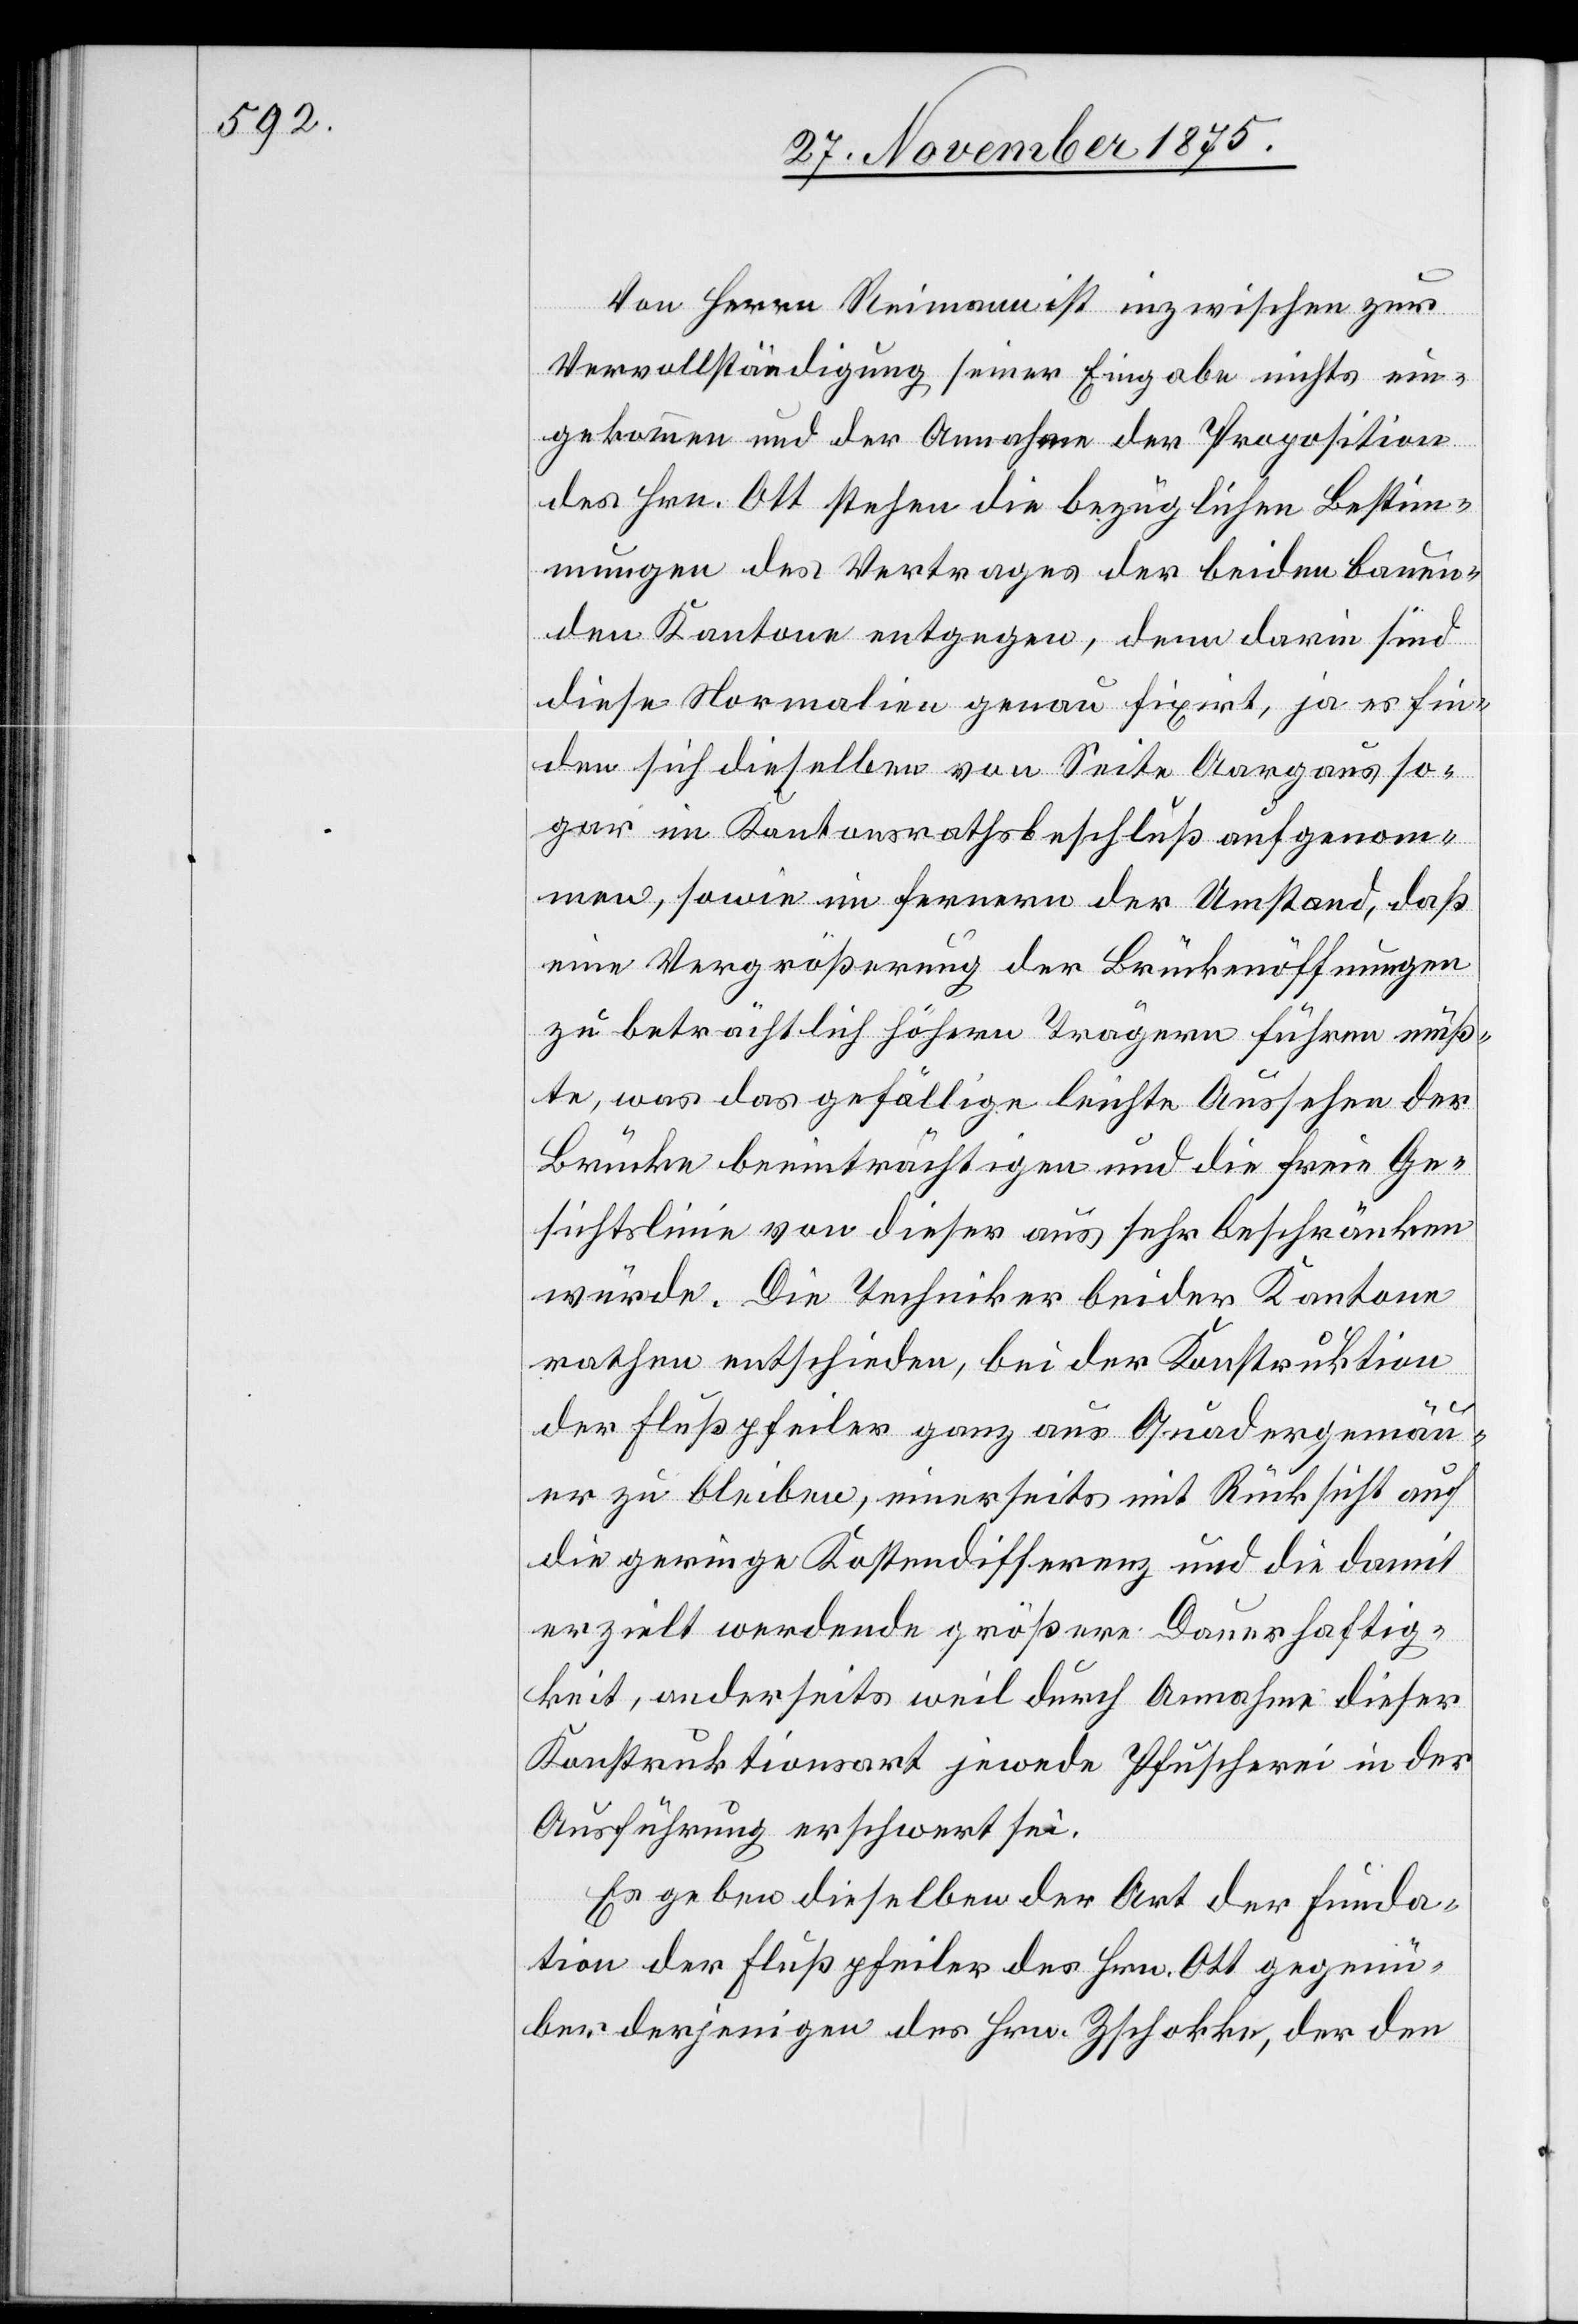
Von Herrn Reimann ist inzwischen zur
Vervollständigung seiner Eingabe nichts ein¬
gekommen und der Annahme der Proposition
des Hrn. Ott stehen die bezüglichen Bestim¬
mungen des Vertrages der beiden bauen¬
den Kantone entgegen, denn darin sind
diese Normalien genau fixirt, ja es fin¬
den sich dieselben von Seite Aargaus so¬
gar im Kantonsrathsbeschluß aufgenom¬
men, sowie im fernern der Umstand, daß
eine Vergrößerung der Brückenöffnungen
zu beträchtlich höhern Trägern führen müß¬
te, was das gefällige leichte Aussehen der
Brücke beeinträchtigen und die freie Ge¬
sichtslinie von dieser aus sehr beschränken
rathen entschieden, bei der Konstruktion
der Flußpfeiler ganz aus Quadergemäu¬
er zu bleiben, einerseits mit Rücksicht auf
die geringe Kostendifferenz und die damit
erzielt werdende größere Dauerhaftig¬
keit, anderseits weil durch Annahme dieser
Konstruktionsart je[d]wede Pfuscherei in der
Ausführung erschwert sei.
Es geben dieselben der Art der Funda¬
tion der Flußpfeiler des Hrn. Ott gegen¬
über derjenigen des Hrn. Zschokke, der den